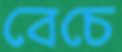
বেচে